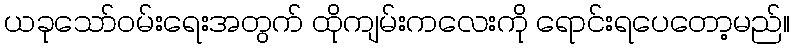
ယခုသော်ဝမ်းရေးအတွက် ထိုကျမ်းကလေးကို ရောင်းရပေတော့မည်။